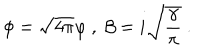
\phi = \sqrt { 4 \pi } \varphi \ , \ \beta = i \sqrt { \frac { \gamma } { \pi } } \ .